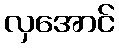
လှအောင်